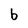
Character: b